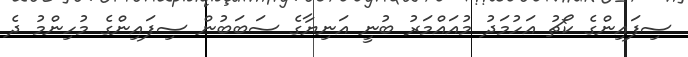
ސިފައިންގެ ކޯޗު އަހުމަދު މުއައްމަރު ބުނީ އަނިޔާގެ ސަބަބުން ސިފައިންގެ މުހިންމު ދެ